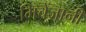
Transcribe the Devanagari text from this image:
मिचेंजानी